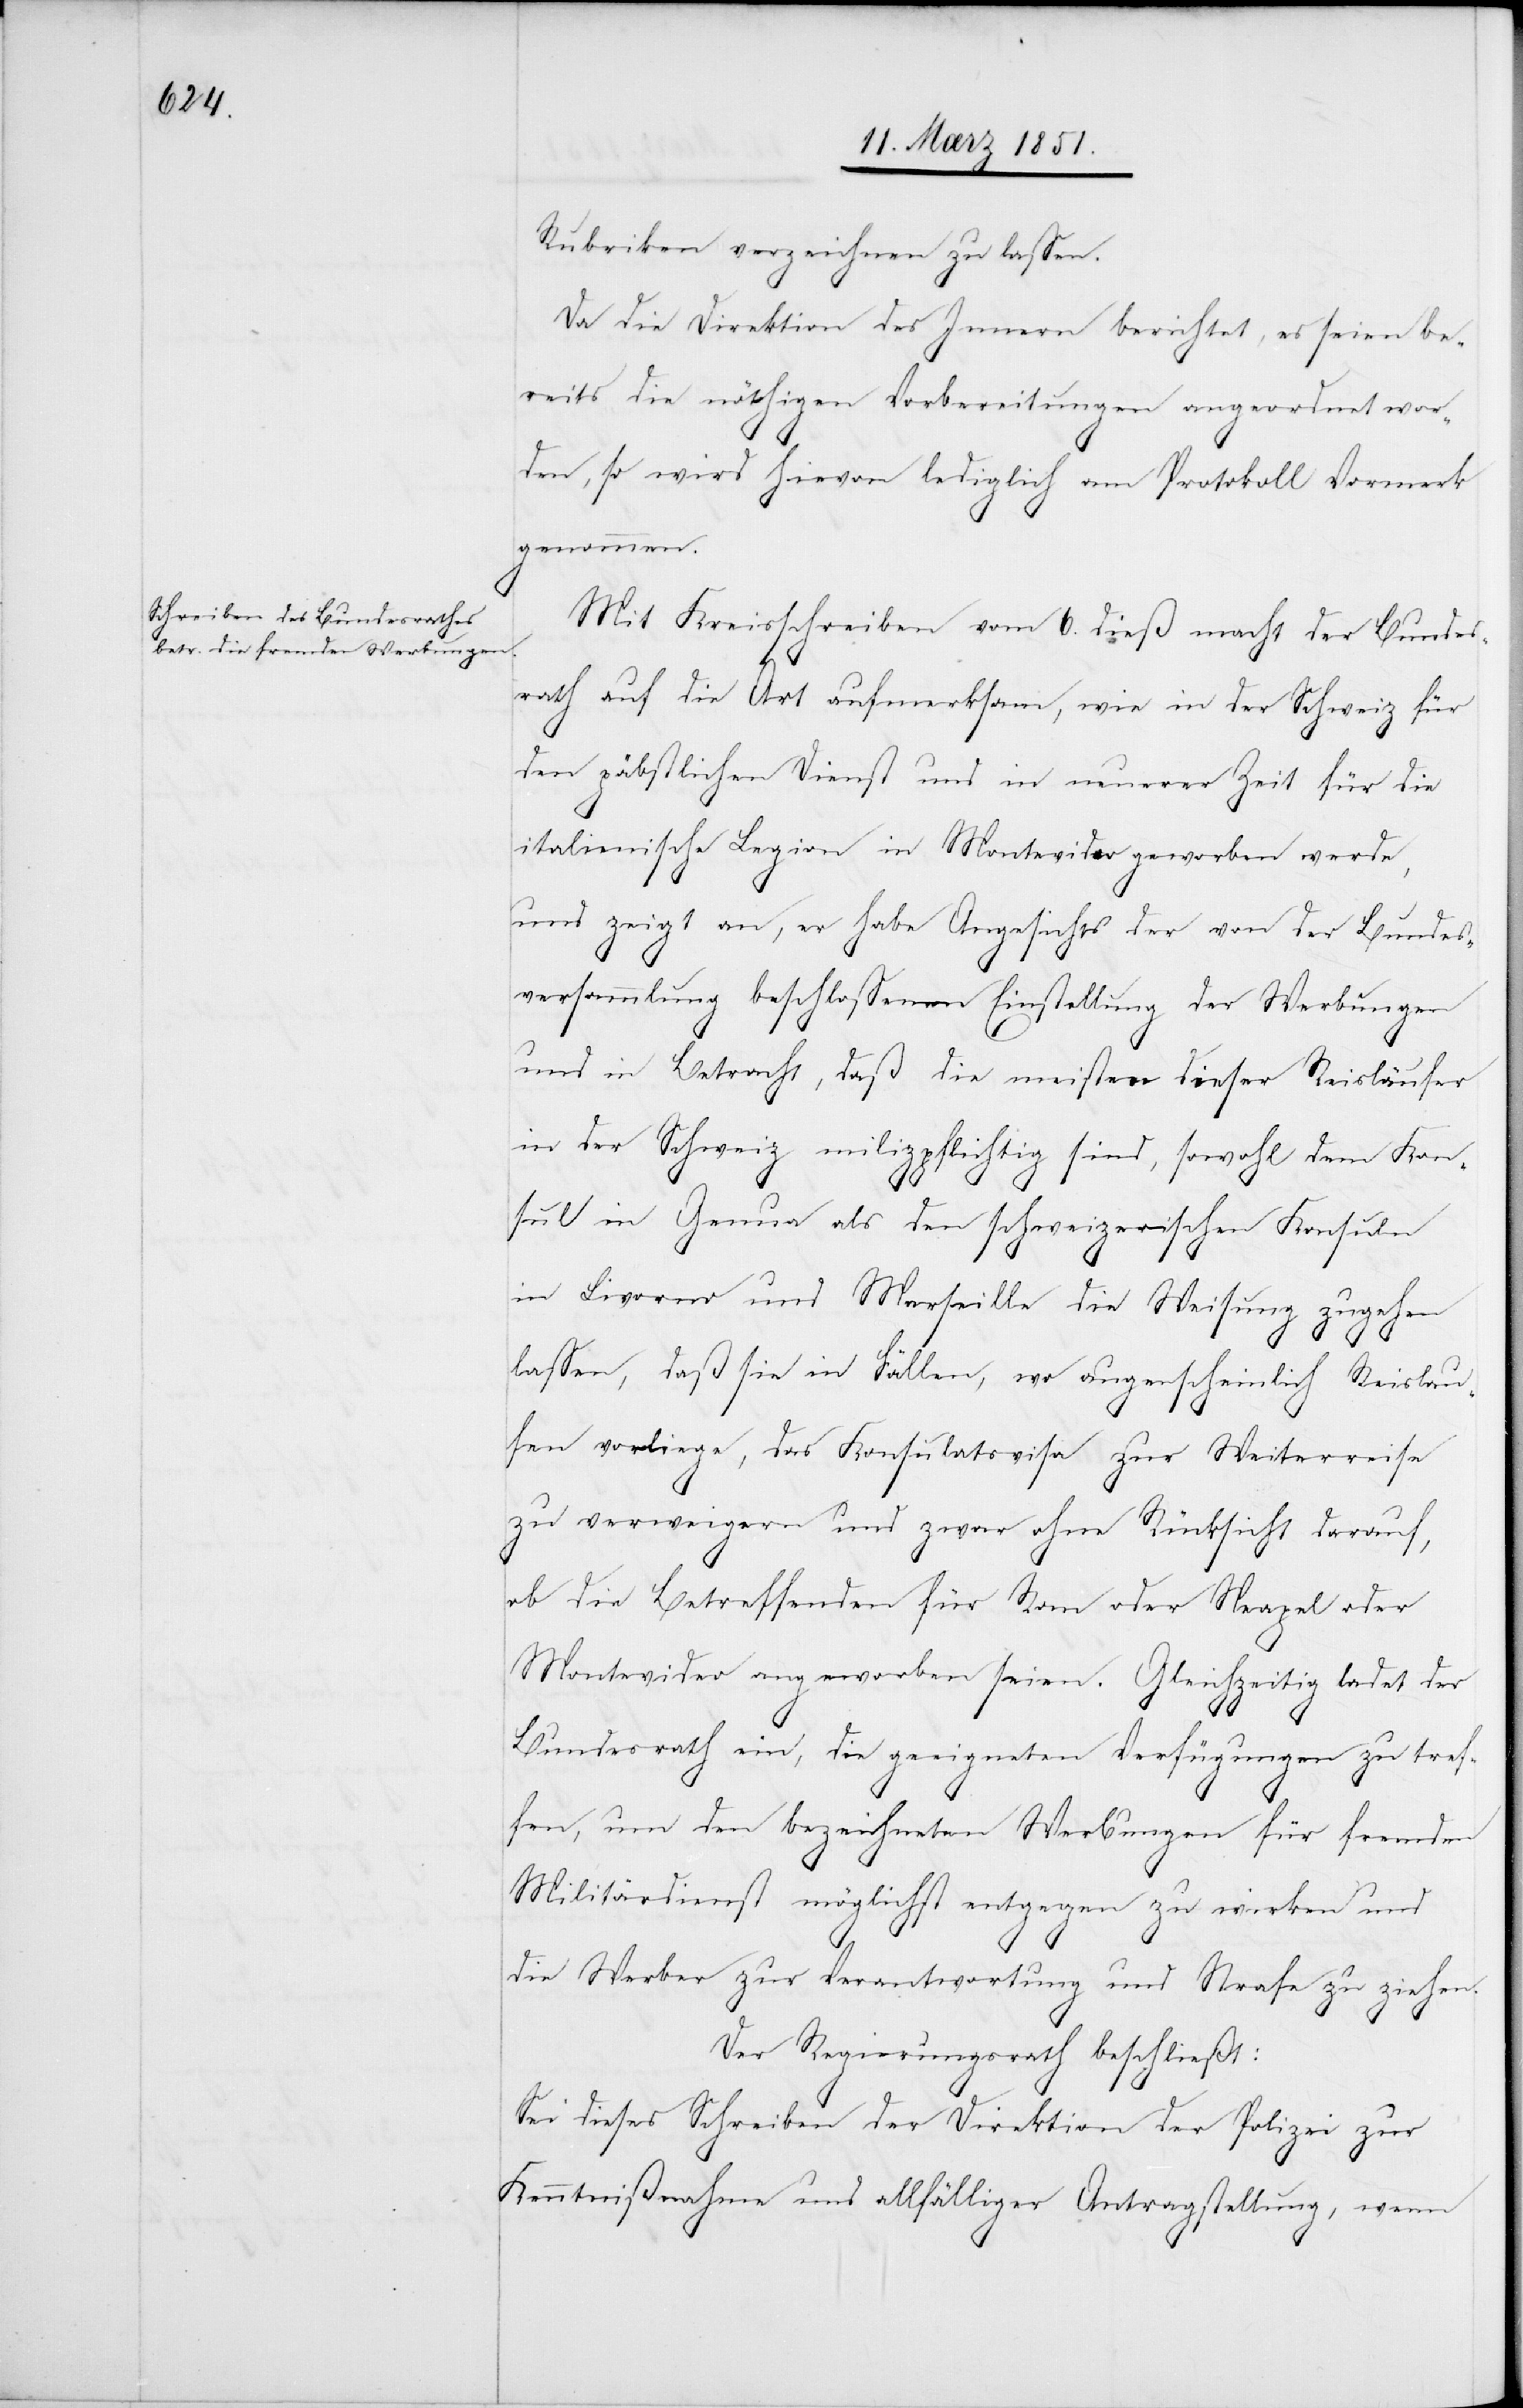
Rubriken verzeichnen zu lassen.
Da die Direktion des Innern berichtet, es seien be¬
reits die nöthigen Vorbereitungen angeordnet wor¬
den, so wird hievon lediglich am Protokoll Vormerk
genommen.
Mit Kreisschreiben vom 6. dieß macht der Bundes¬
rath auf die Art aufmerksam, wie in der Schweiz für
den päbstlichen Dienst und in neuerer Zeit für die
italienische Legion in Montevideo geworben werde,
und zeigt an, er habe angesichts der von der Bundes¬
versammlung beschlossenen Einstellung der Werbungen
und in Betracht, daß die meisten dieser Reisläufer
in der Schweiz milizpflichtig sind, sowohl dem Kon¬
sul in Genua als den schweizerischen Konsuln
in Livorno und Marseille die Weisung zugehen
lassen, daß sie in Fällen, wo augenscheinlich Reislau¬
fen vorliege, das Konsulatsvisa zur Weiterreise
zu verweigern und zwar ohne Rücksicht darauf,
ob die Betreffenden für Rom oder Neapel oder
Montevideo angeworben seien. Gleichzeitig ladet der
Bundesrath ein, die geeigneten Verfügungen zu tref¬
fen, um den bezeichneten Werbungen für fremden
Militärdienst möglichst entgegen zu wirken und
die Werber zur Verantwortung und Strafe zu ziehen.
Der Regierungsrath beschließt:
Sei dieses Schreiben der Direktion der Polizei zur
Kenntnißnahme und allfälliger Antragstellung, wenn